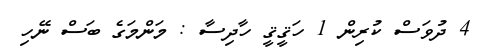
4 ދުވަސް ކުރިން 1 ހަޤީޤީ ހާދިސާ : މަންމަގެ ބަސް ނޭހި